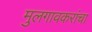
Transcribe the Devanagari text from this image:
मुलगावकरांचा